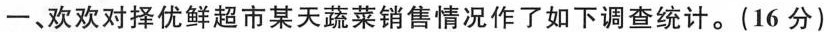
一、欢欢对择优鲜超市某天蔬菜销售情况作了如下调查统计。(16分)